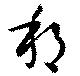
邦